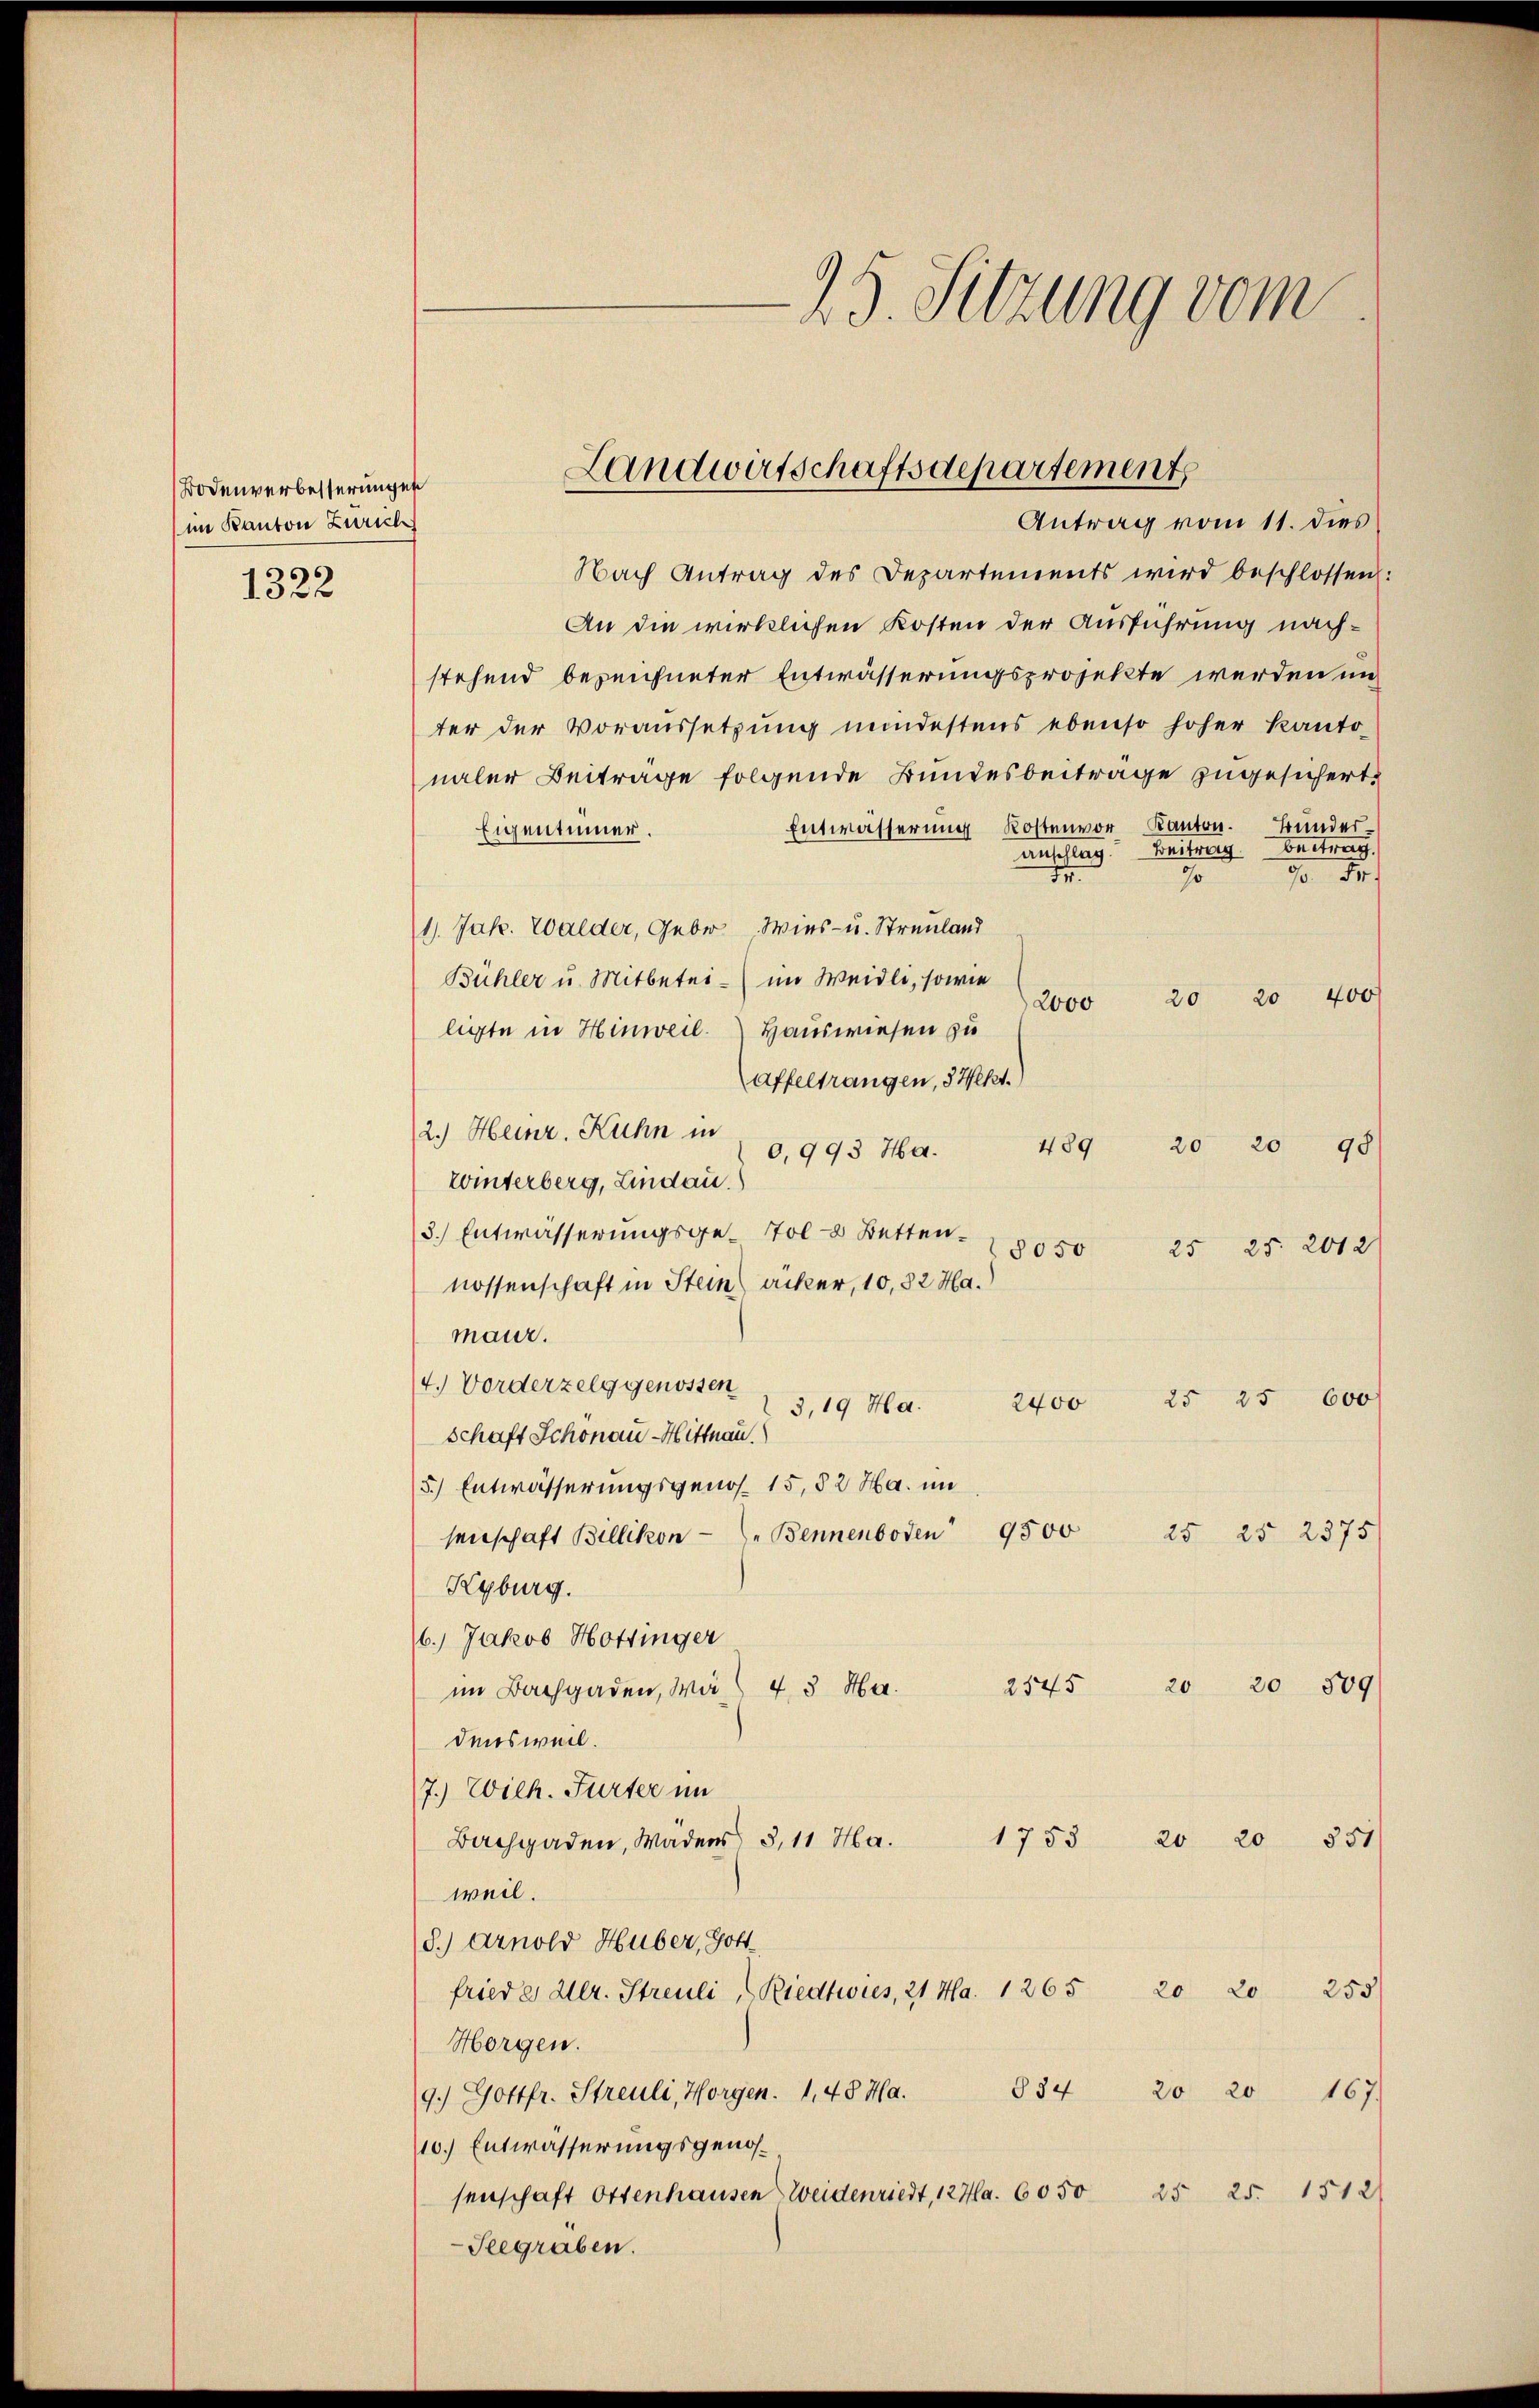
Bodenverbesserungen
im Kanton Zürich

1322

Nach Antrag des Departements wird beschlossen:
An die wirklichen Kosten der Ausführung nachstehend bezeichneter Entwässerungsprojekte werden un
ter der Voraussetzung mindestens ebenso hoher Kanto-
naler Beitrage folgende Bundesbeitrage zugesichert.
Entwässerung Kostenvor Kanton. Bunder¬
Eigentümer.
anschlag. Beitrag betrag
14.
70 Fr.
Jo
1. Jak. Walder, Geber Wies- u. Streuland
Bühler u. Mitbetei- im Weidli, sowie
2000 20 20 400
ligte in Hinweil. Hauswiesen zu
affeltrangen, 3 Hekt.)
2.) Heinr. Kuhn in
489 20 20 98
0,993 Ha.
winterberg, Lindau.
3.) Entwässerungsge-Tol-8 Betten.
8050 25 25. 2012
nossenschaft in Stein) äcker, 10,32 Hamaur.
14.) Vorderzelg genossen
2400 25 25 600
3,19 Ha.
schaft Schonau Mittnau.
5.) Entwässerungsgenos- 15, § 2 Ha. im
senschaft Billikon - Bennenboden 9500 25 25 2375
Kyburg.
6.) Jakob Hottinger
43 Mar. 2545 20 20 509
im Bachgaden, Wädensweil.
7.) Wilh. Furter im
Bachgaden, Waders 3,11 Ha. 1753 20 20 351
weil.
S) Arnold Huber, Gott
frieder Ulr. Streuli, Riedtwies, 21 Ha. 1265 20 20 253
Horgen.
9.) Gottfr. Streuli, Horgen. 1, 48 Ha. 834 20 20 167.
10.) Entwässerungsgenossenschaft Ottenhausen Weidenriedt, 127. 6050 25 25. 1512
-Seegraben.

25. Sitzung vom

Landwirtschaftsdepartement
Antrag vom 11. dies